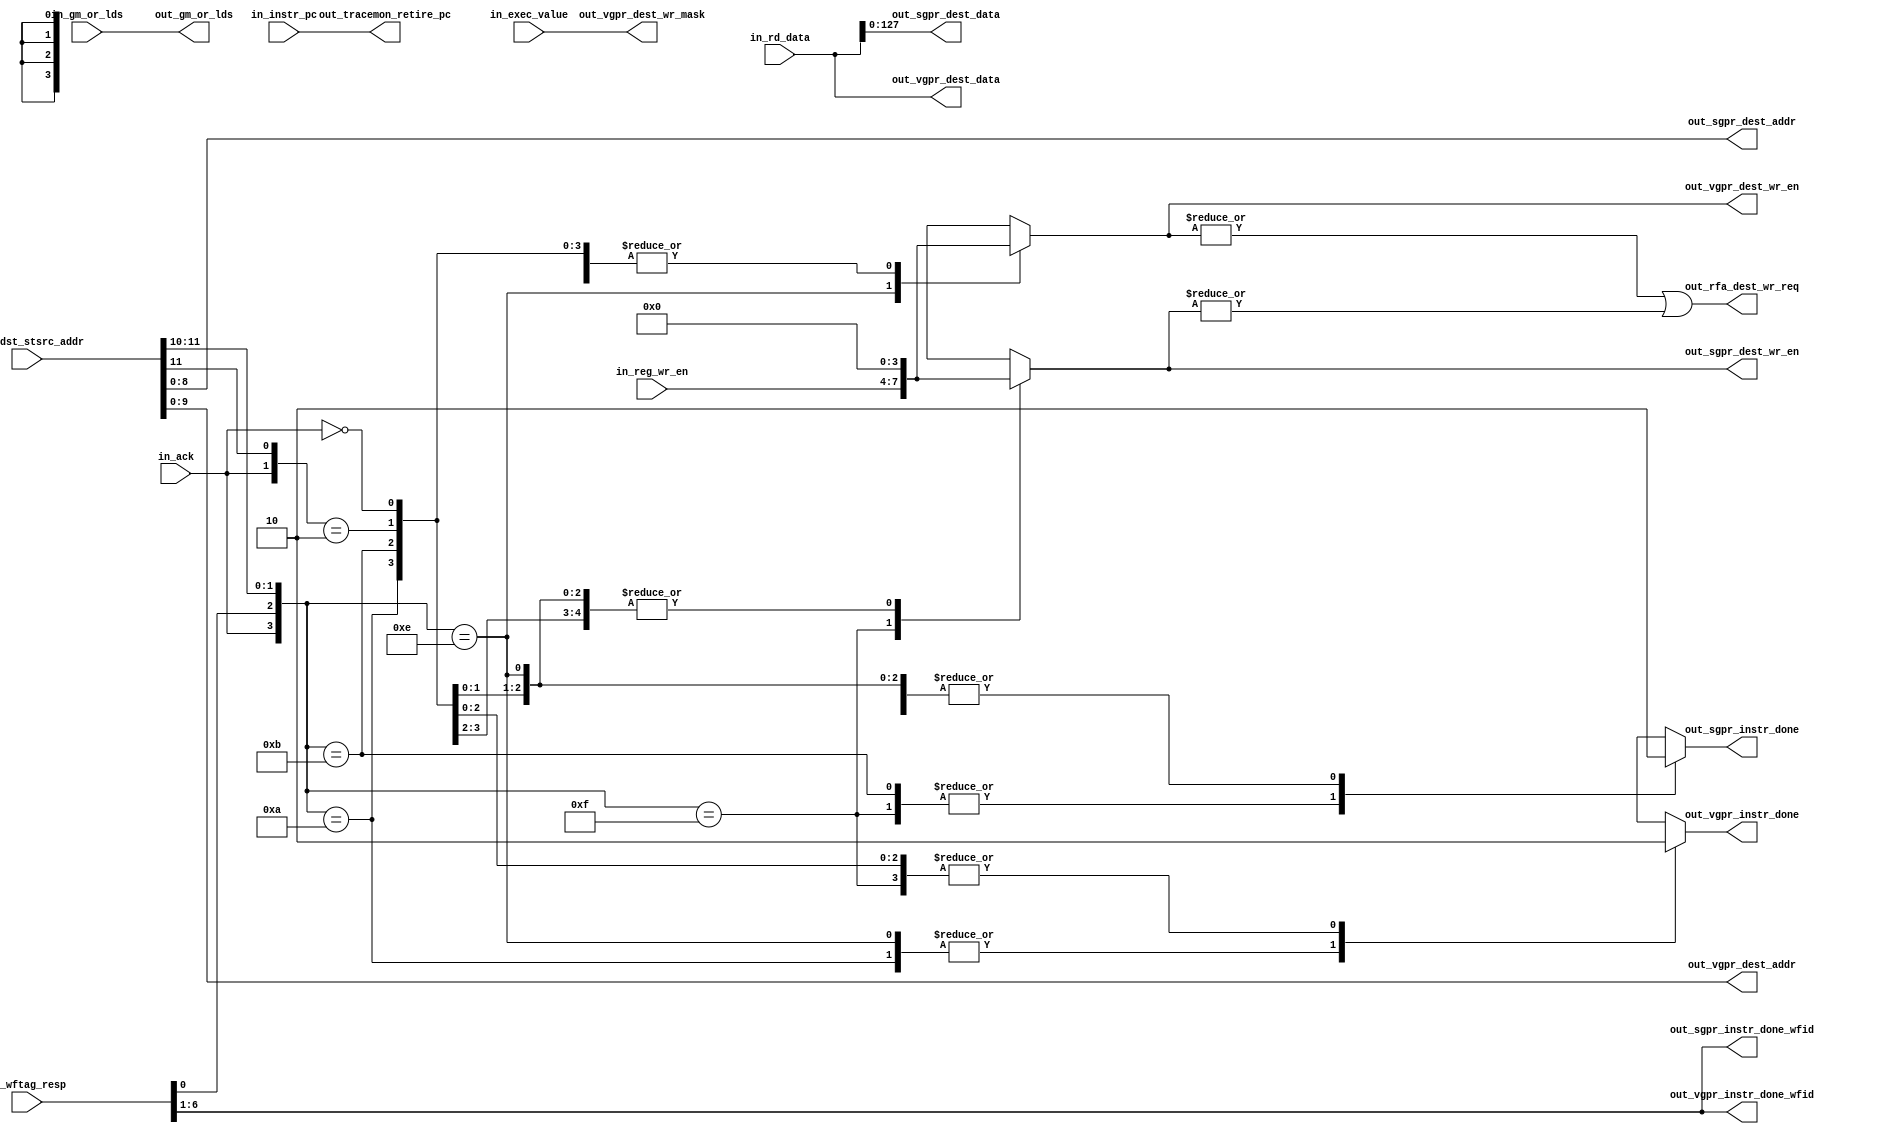
module lsu_wb_router 
(/*AUTOARG*/
   // Outputs
   out_sgpr_dest_addr, out_sgpr_dest_data, out_sgpr_dest_wr_en,
   out_sgpr_instr_done, out_sgpr_instr_done_wfid, out_vgpr_dest_addr,
   out_vgpr_dest_data, out_vgpr_dest_wr_en, out_vgpr_dest_wr_mask,
   out_vgpr_instr_done, out_vgpr_instr_done_wfid,
   out_tracemon_retire_pc, out_gm_or_lds, out_rfa_dest_wr_req,
   // Inputs
   in_rd_data, in_wftag_resp, in_ack, in_exec_value,
   in_lddst_stsrc_addr, in_reg_wr_en, in_instr_pc, in_gm_or_lds
   );

input [8191:0] in_rd_data;
input [6:0] in_wftag_resp;
input in_ack;
input [63:0] in_exec_value;
input [11:0] in_lddst_stsrc_addr;
input [3:0] in_reg_wr_en;
input [31:0] in_instr_pc;
input in_gm_or_lds;

output [8:0] out_sgpr_dest_addr;
output [127:0] out_sgpr_dest_data;
output [3:0] out_sgpr_dest_wr_en;
output out_sgpr_instr_done;
output [5:0] out_sgpr_instr_done_wfid;

output [9:0] out_vgpr_dest_addr;
output [8191:0] out_vgpr_dest_data;
output [3:0] out_vgpr_dest_wr_en;
output [63:0] out_vgpr_dest_wr_mask;
output out_vgpr_instr_done;
output [5:0] out_vgpr_instr_done_wfid;

output [31:0] out_tracemon_retire_pc;
output out_gm_or_lds;
   output 	  out_rfa_dest_wr_req;

reg [3:0] out_sgpr_dest_wr_en;
reg [3:0] out_vgpr_dest_wr_en;
   
reg out_sgpr_instr_done;
reg out_vgpr_instr_done;

assign out_sgpr_dest_addr = in_lddst_stsrc_addr[8:0];
assign out_sgpr_dest_data = in_rd_data[127:0];
assign out_sgpr_instr_done_wfid = in_wftag_resp[6:1];

assign out_vgpr_dest_addr = in_lddst_stsrc_addr[9:0];
assign out_vgpr_dest_data = in_rd_data;
assign out_vgpr_dest_wr_mask = in_exec_value;
assign out_vgpr_instr_done_wfid = in_wftag_resp[6:1];

assign out_tracemon_retire_pc = in_instr_pc;
assign out_gm_or_lds = in_gm_or_lds;

always @* begin
   casex({in_ack, in_wftag_resp[0], in_lddst_stsrc_addr[11:10]})
   4'b0_?_??:
      begin
         out_sgpr_dest_wr_en <= 4'b0;
         out_vgpr_dest_wr_en <= 4'b0;
         out_sgpr_instr_done <= 1'b0;
         out_vgpr_instr_done <= 1'b0;
      end
   4'b1_1_10:
      begin
         out_sgpr_dest_wr_en <= 4'b0;
         out_vgpr_dest_wr_en <= in_reg_wr_en;
         out_sgpr_instr_done <= 1'b0;
         out_vgpr_instr_done <= 1'b1;
      end
   4'b1_1_11:
      begin
         out_sgpr_dest_wr_en <= in_reg_wr_en;
         out_vgpr_dest_wr_en <= 4'b0;
         out_sgpr_instr_done <= 1'b1;
         out_vgpr_instr_done <= 1'b0;
      end
   4'b1_0_10:
      begin
         out_sgpr_dest_wr_en <= 4'b0;
         out_vgpr_dest_wr_en <= 4'b0;
         out_sgpr_instr_done <= 1'b0;
         out_vgpr_instr_done <= 1'b1;
      end
   4'b1_0_11:
      begin
         out_sgpr_dest_wr_en <= 4'b0;
         out_vgpr_dest_wr_en <= 4'b0;
         out_sgpr_instr_done <= 1'b1;
         out_vgpr_instr_done <= 1'b0;
      end
   4'b1_?_0?:
      begin
         out_sgpr_dest_wr_en <= 4'b0;
         out_vgpr_dest_wr_en <= 4'b0;
         out_sgpr_instr_done <= 1'b0;
         out_vgpr_instr_done <= 1'b0;
      end
   default:
      begin
         out_sgpr_dest_wr_en <= 4'bx;
         out_vgpr_dest_wr_en <= 4'bx;
         out_sgpr_instr_done <= 1'bx;
         out_vgpr_instr_done <= 1'bx;
      end
   endcase
end

   assign out_rfa_dest_wr_req = (|out_vgpr_dest_wr_en) | (|out_sgpr_dest_wr_en);

endmodule